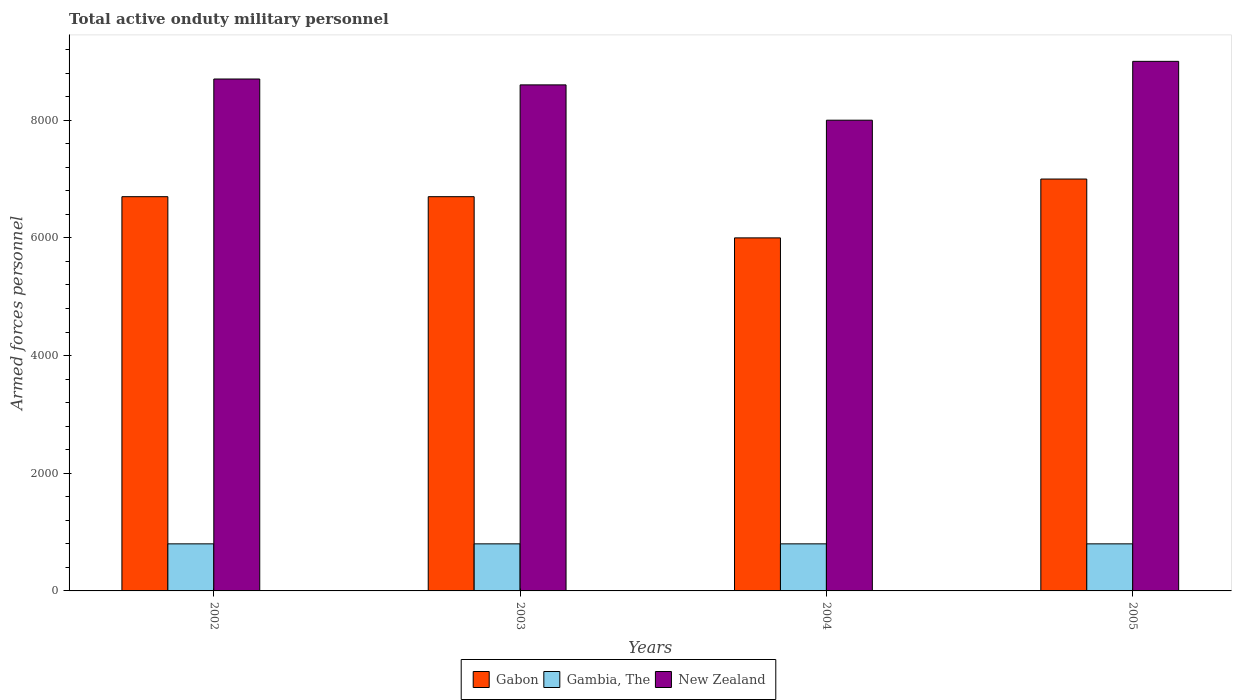
| Years | Gabon | Gambia, The | New Zealand |
 | --- | --- | --- | --- |
 | 2002 | 6.7e+03 | 800 | 8.7e+03 |
 | 2003 | 6.7e+03 | 800 | 8.6e+03 |
 | 2004 | 6e+03 | 800 | 8e+03 |
 | 2005 | 7e+03 | 800 | 9e+03 |